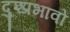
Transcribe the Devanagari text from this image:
दुश्प्रभावों